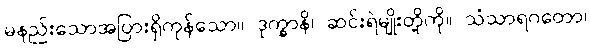
မနည်းသောအပြားရှိကုန်သော။ ဒုက္ခာနိ၊ ဆင်းရဲမျိုးတို့ကို။ သံသာရဂတော၊